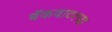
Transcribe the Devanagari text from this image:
बॅकवाटरचा